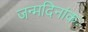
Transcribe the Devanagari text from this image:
जन्मदिनांकः